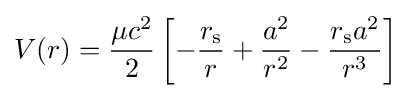
V(r)={\frac {\mu c^{2}}{2}}\left[-{\frac {r_{\text{s}}}{r}}+{\frac {a^{2}}{r^{2}}}-{\frac {r_{\text{s}}a^{2}}{r^{3}}}\right]